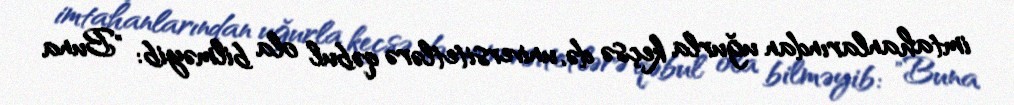
imtahanlarından uğurla keçsə də, universitetlərə qəbul ola bilməyib: "Buna